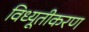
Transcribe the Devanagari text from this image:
विध्यूतीकरण